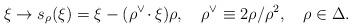
LaTeX: \begin{align*}\xi\to s_\rho(\xi)=\xi-(\rho^\vee\!\cdot\xi)\rho,\quad\rho^\vee\equiv 2\rho/\rho^2,\quad \rho\in\Delta.\end{align*}